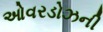
ઓવરડોઝની